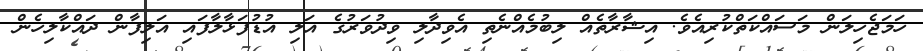
ހަމަޖެހިލަން މަސައްކަތްކުރިއެވެ. އިޝާރާތެއް ލިބުމެއްނެތި އެވިދާލި ވިދުވަރުގެ އަލި އުޑުފަޅާލާފައި އަލިފާން ދައްކާލިހެން